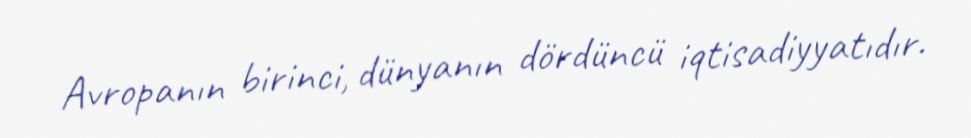
Avropanın birinci, dünyanın dördüncü iqtisadiyyatıdır.